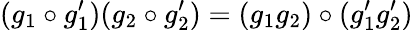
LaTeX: (g_{1}\circ g_{1}^{\prime})(g_{2}\circ g_{2}^{\prime})=(g_{1}g_{2})\circ(g_{1}^{\prime}g_{2}^{\prime})